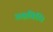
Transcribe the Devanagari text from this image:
अक्षविधि